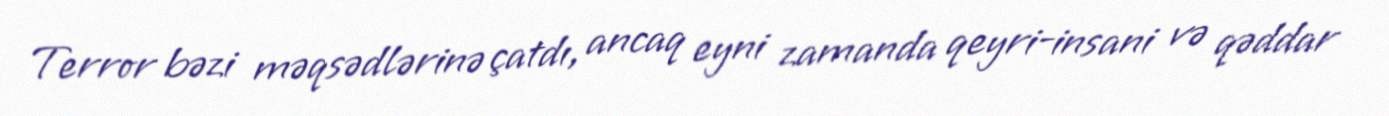
Terror bəzi məqsədlərinə çatdı, ancaq eyni zamanda qeyri-insani və qəddar